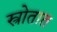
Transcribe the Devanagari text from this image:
स्त्रोतात